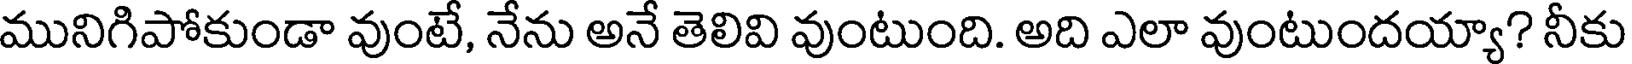
మునిగిపోకుండా వుంటే, నేను అనే తెలివి వుంటుంది. అది ఎలా వుంటుందయ్యా? నీకు